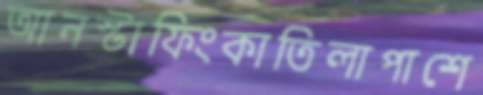
আনস্টাফিংকাতিলাপাশে